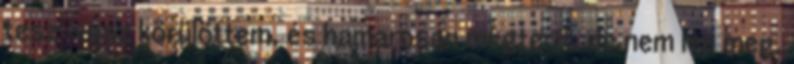
tesz-vesz körülöttem, és hamarosan megterít, de nem lep meg,